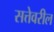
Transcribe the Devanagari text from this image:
सत्तेवरील